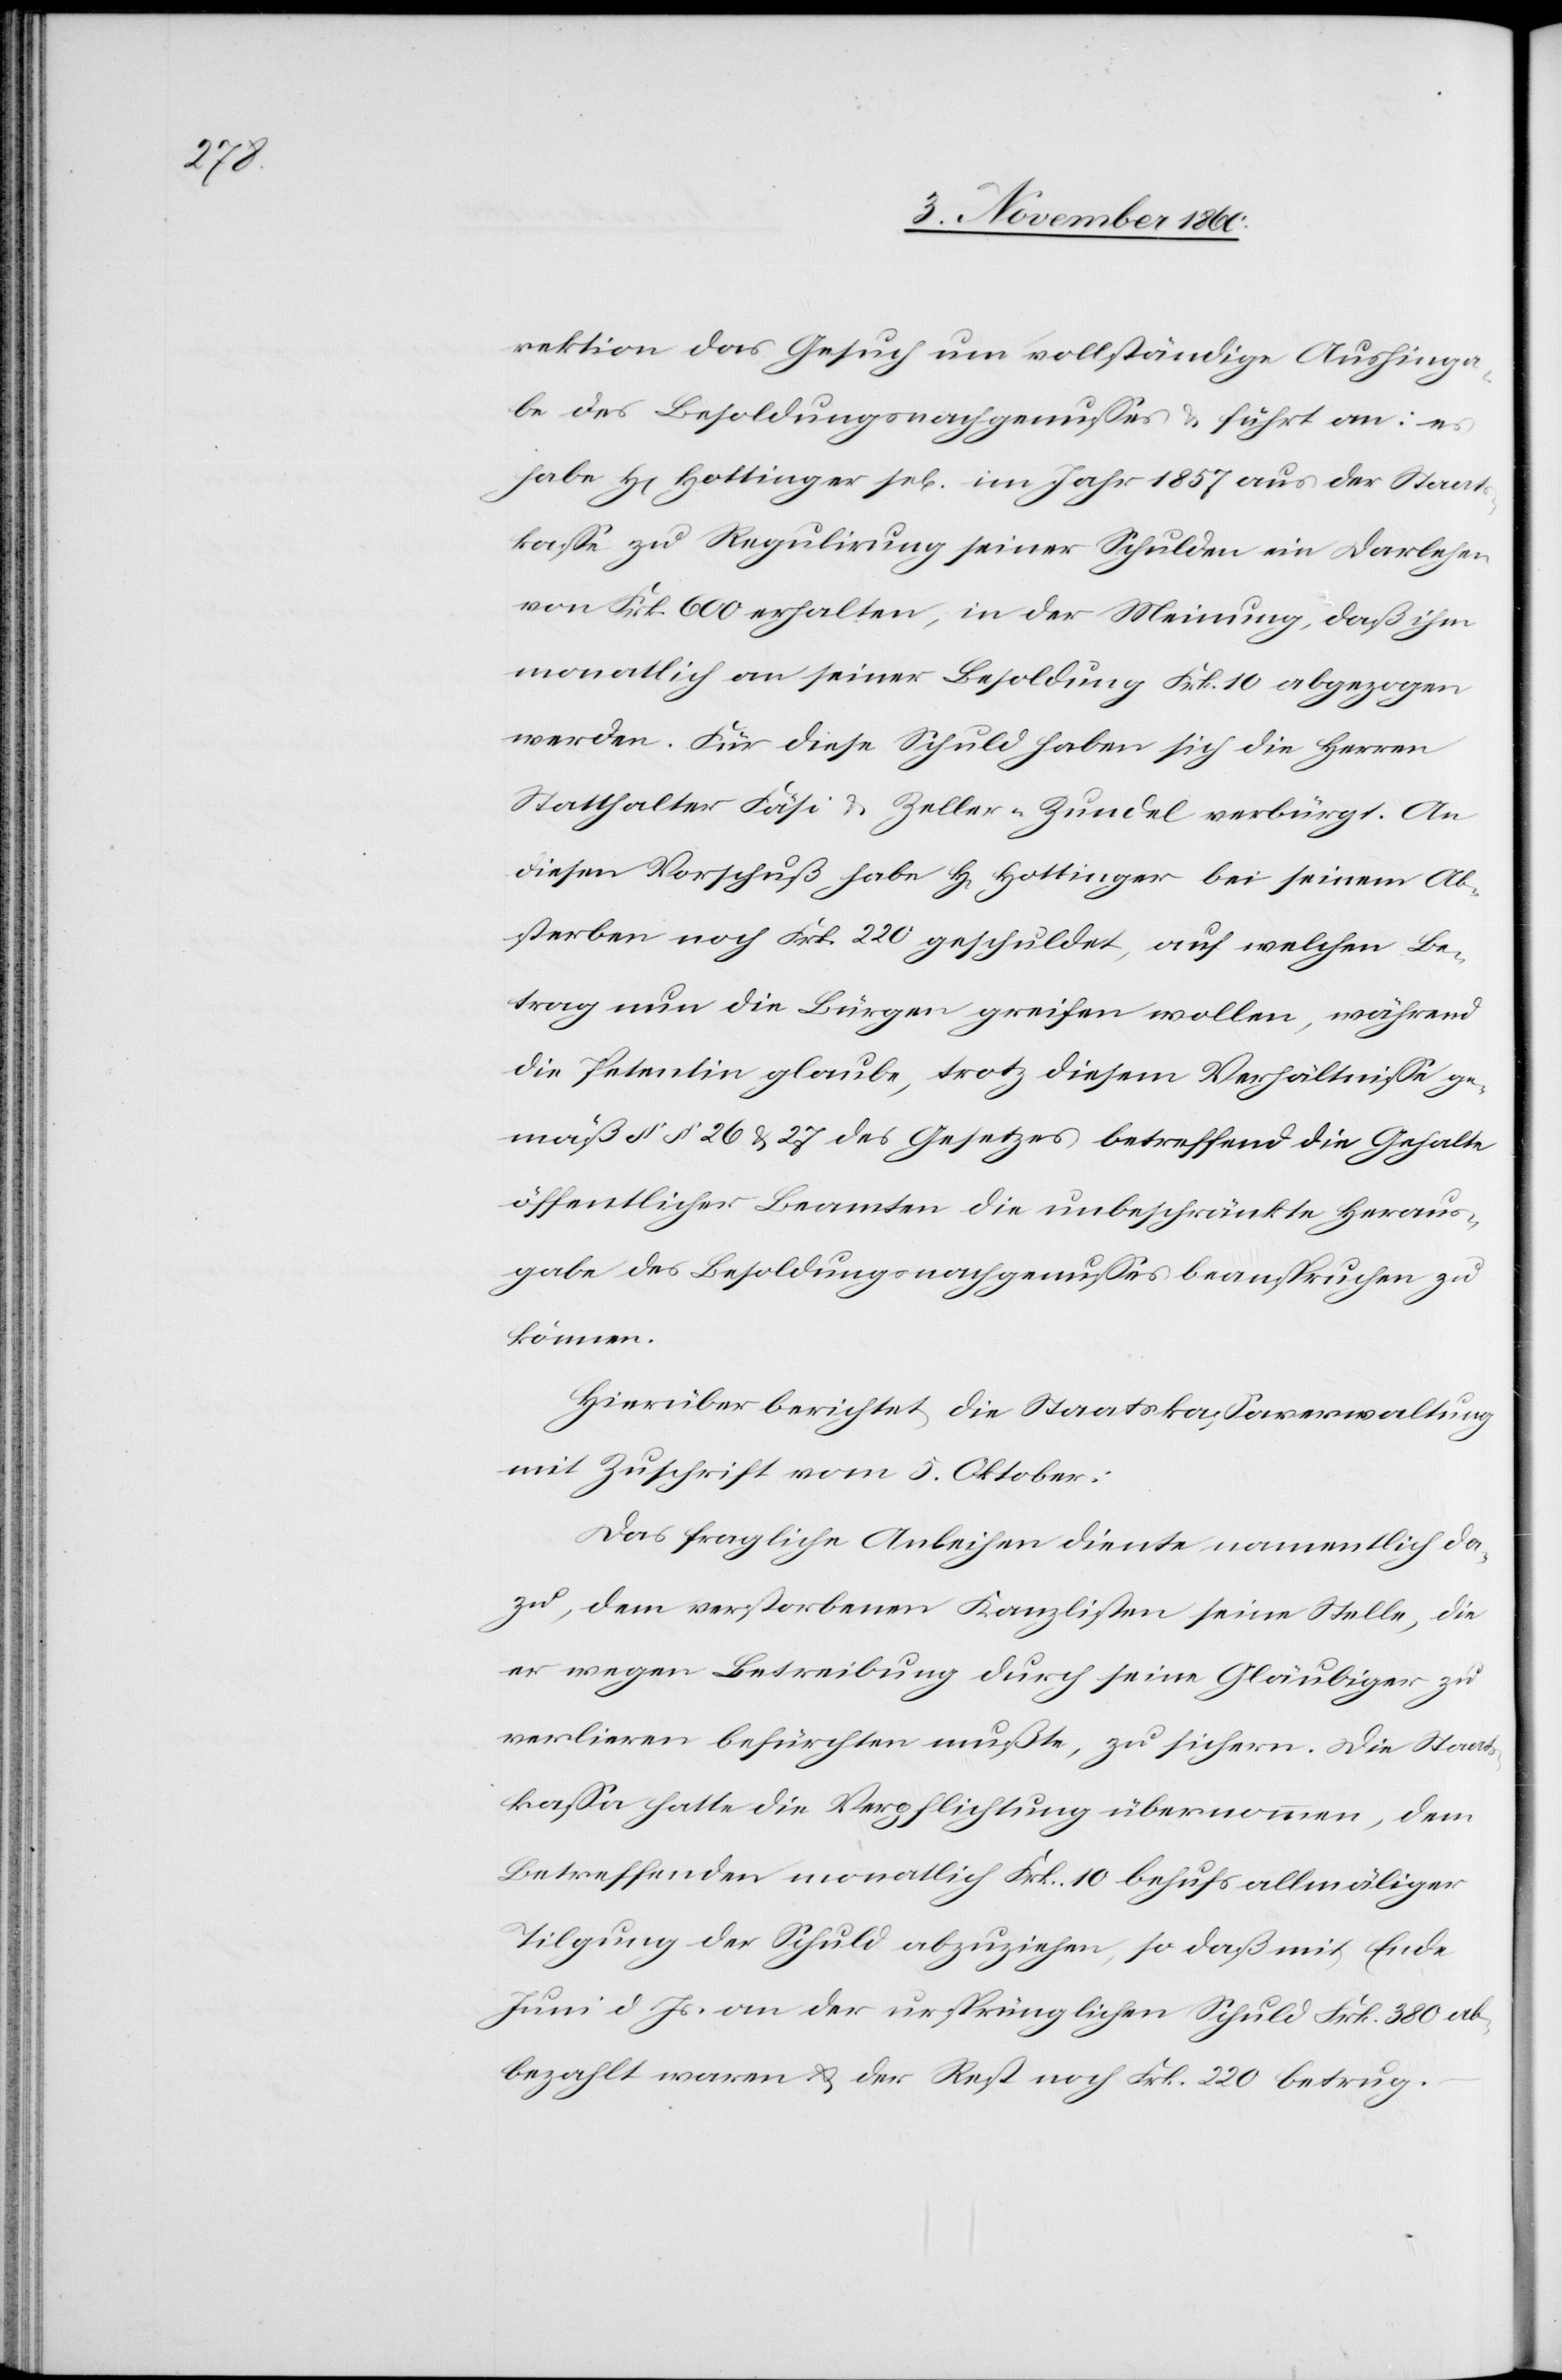
rektion das Gesuch um vollständige Aushinga¬
be des Besoldungsgenusses u. führt an: es
habe H[err] Hottinger sel. im Jahr 1857 aus der Staats¬
kasse zu Regulirung seiner Schulden ein Darlehen
von Frk. 600 erhalten, in der Meinung, daß ihm
monatlich an seiner Besoldung Frk. 10 abgezogen
werden. Für diese Schuld haben sich die Herren
Statthalter Fäsi u. Zeller-Zundel verbürgt. An
diesen Vorschuß habe H[err] Hottinger bei seinem Ab¬
sterben noch Frk. 220 geschuldet, auf welchen Be¬
trag nun die Bürgen greifen wollen, während
die Petentin glaube, trotz diesem Verhältnisse ge¬
mäß §§ 26 u. 27 des Gesetzes betreffend die Gehalte
öffentlicher Beamten die unbeschränkte Heraus¬
gabe des Besoldungsnachgenusses beanspruchen zu
können.
Hierüber berichtet die Staatskassaverwaltung
mit Zuschrift vom 5. Oktober:
Das fragliche Anleihen diente namentlich da¬
zu, dem verstorbenen Kanzlisten seine Stelle, die
er wegen Betreibung durch seine Gläubiger zu
verlieren befürchten müßte, zu sichern. Die Staats¬
kassa hatte die Verpflichtung übernommen, dem
Betreffenden monatlich Frk. 10 behufs allmäliger
Tilgung der Schuld abzuziehen, so daß mit Ende
Juni d. Js. an der ursprünglichen Schuld Frk. 380 ab¬
bezahlt waren u. der Rest noch Frk. 220 betrug.